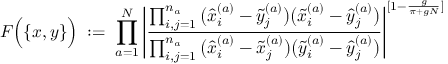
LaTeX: { \cal F } \Big ( \{ x , y \} \Big ) \; : = \; \prod _ { a = 1 } ^ { N } \Bigg | \frac { \prod _ { i , j = 1 } ^ { n _ { a } } \big ( \hat { x } _ { i } ^ { ( a ) } - \tilde { y } _ { j } ^ { ( a ) } \big ) \big ( \tilde { x } _ { i } ^ { ( a ) } - \hat { y } _ { j } ^ { ( a ) } \big ) } { \prod _ { i , j = 1 } ^ { n _ { a } } \big ( \hat { x } _ { i } ^ { ( a ) } - \tilde { x } _ { j } ^ { ( a ) } \big ) \big ( \tilde { y } _ { i } ^ { ( a ) } - \hat { y } _ { j } ^ { ( a ) } \big ) } \Bigg | ^ { [ 1 - \frac { g } { \pi + g N } ] }